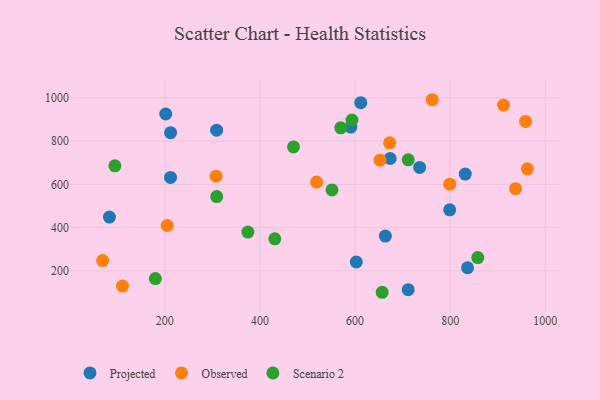
{"axis": {"x": "Price", "y": "Rating"}, "legend": ["Observed", "Projected", "Scenario 2"], "data": [{"x": "836.5", "y": 214.4, "type": "Projected"}, {"x": "212.0", "y": 632.0, "type": "Projected"}, {"x": "711.7", "y": 112.7, "type": "Projected"}, {"x": "308.9", "y": 850.6, "type": "Projected"}, {"x": "663.7", "y": 360.7, "type": "Projected"}, {"x": "83.5", "y": 448.5, "type": "Projected"}, {"x": "201.9", "y": 925.4, "type": "Projected"}, {"x": "602.5", "y": 240.8, "type": "Projected"}, {"x": "831.7", "y": 647.6, "type": "Projected"}, {"x": "591.2", "y": 864.7, "type": "Projected"}, {"x": "799.0", "y": 482.1, "type": "Projected"}, {"x": "735.8", "y": 678.2, "type": "Projected"}, {"x": "212.1", "y": 839.2, "type": "Projected"}, {"x": "612.0", "y": 977.7, "type": "Projected"}, {"x": "673.8", "y": 719.6, "type": "Projected"}, {"x": "519.2", "y": 610.7, "type": "Observed"}, {"x": "799.1", "y": 600.9, "type": "Observed"}, {"x": "69.2", "y": 247.4, "type": "Observed"}, {"x": "672.6", "y": 792.3, "type": "Observed"}, {"x": "204.9", "y": 409.7, "type": "Observed"}, {"x": "307.7", "y": 637.9, "type": "Observed"}, {"x": "111.0", "y": 129.4, "type": "Observed"}, {"x": "912.1", "y": 966.5, "type": "Observed"}, {"x": "958.6", "y": 890.9, "type": "Observed"}, {"x": "762.3", "y": 991.4, "type": "Observed"}, {"x": "652.4", "y": 711.9, "type": "Observed"}, {"x": "962.3", "y": 671.7, "type": "Observed"}, {"x": "937.4", "y": 579.9, "type": "Observed"}, {"x": "470.6", "y": 772.9, "type": "Scenario 2"}, {"x": "858.0", "y": 261.3, "type": "Scenario 2"}, {"x": "551.5", "y": 574.3, "type": "Scenario 2"}, {"x": "593.4", "y": 897.5, "type": "Scenario 2"}, {"x": "374.6", "y": 379.2, "type": "Scenario 2"}, {"x": "657.0", "y": 100.9, "type": "Scenario 2"}, {"x": "569.9", "y": 861.4, "type": "Scenario 2"}, {"x": "711.8", "y": 713.4, "type": "Scenario 2"}, {"x": "309.1", "y": 543.5, "type": "Scenario 2"}, {"x": "431.2", "y": 347.9, "type": "Scenario 2"}, {"x": "95.0", "y": 685.8, "type": "Scenario 2"}, {"x": "180.1", "y": 164.2, "type": "Scenario 2"}]}